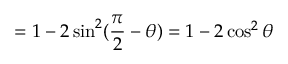
= 1 - 2 \sin ^ { 2 } ( \frac { \pi } { 2 } - \theta ) = 1 - 2 \cos ^ { 2 } \theta